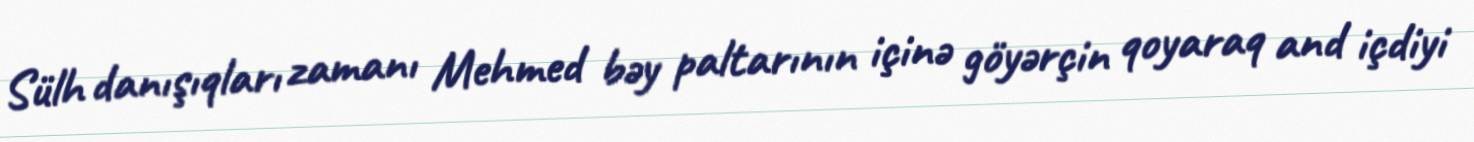
Sülh danışıqları zamanı Mehmed bəy paltarının içinə göyərçin qoyaraq and içdiyi